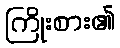
ကြိုးစား၏